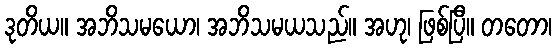
ဒုတိယ။ အဘိသမယော၊ အဘိသမယသည်။ အဟု၊ ဖြစ်ပြီ။ တတော၊